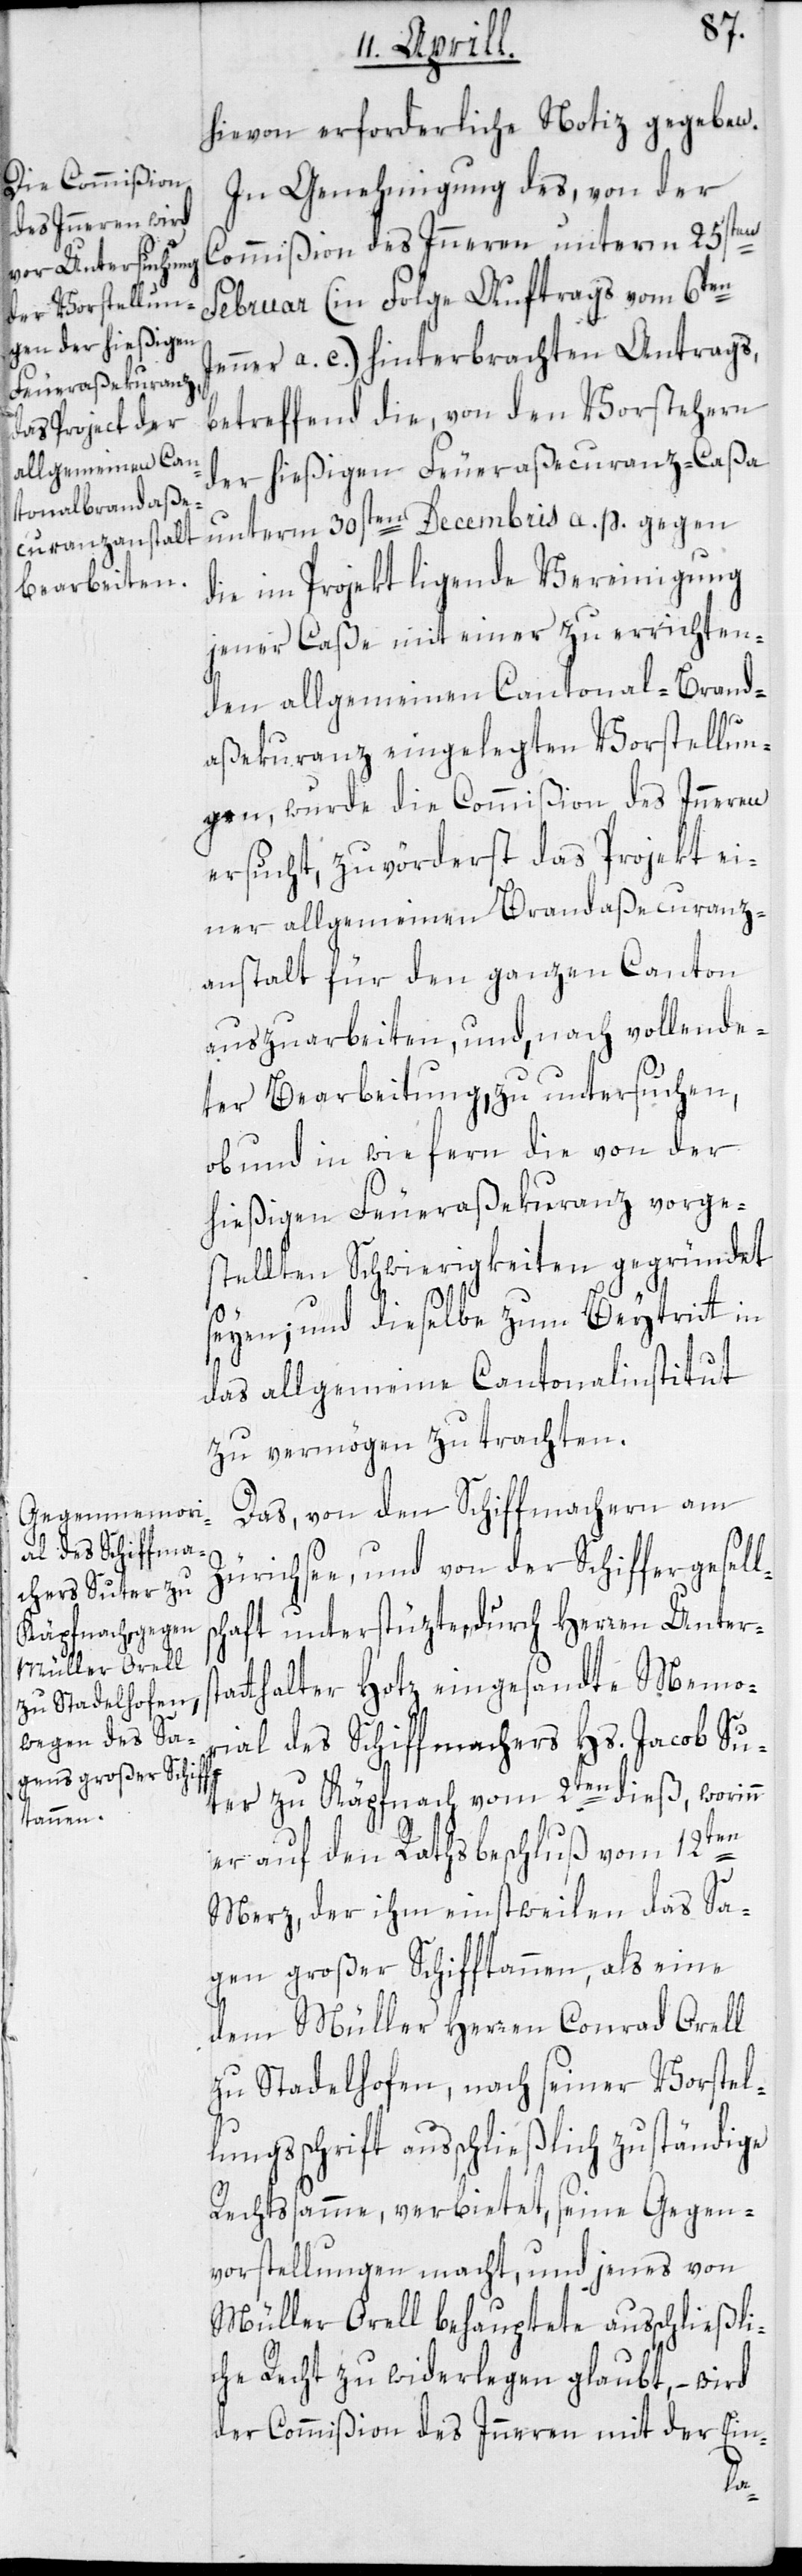
hievon erforderliche Notiz gegeben.
In Genehmigung des, von der
stat¬
Commißion des Inneren unterm 25sten
Februar (in Folge Auftrags vom 6ten
Jenner a. c.) hinterbrachten Antrags,
betreffend die, von den Vorstehern
der hießigen Feueraßecuranz-Caßa
unterm 30sten Decembris a. p. gegen
die im Projekt ligende Vereinigung
jener Caße mit einer zu errichten¬
den allgemeinen Cantonal-Brand¬
aßekuranz eingelegten Vorstellun¬
gen, wurde die Commißion des Inneren
ersucht, zu vörderst das Projekt ei¬
ner allgemeinen Brandassecuranz¬
anstalt für den ganzen Canton
auszuarbeiten, und, nach vollende¬
ter Bearbeitung, zu untersuchen,
ob und in wie fern die von der
hießigen Feueraßekuranz vorge¬
stellten Schwierigkeiten gegründet
seyen; und dieselbe zum Beytritt in
das allgemeine Cantonalinstitut
zu vermögen zu trachten.
Das, von den Schiffmachern am
Zürichsee, und von der Schiffergesel¬
haft unterstützte, durch Herren Unter¬
thalter Hotz eingesandte Memo¬
rial des Schiffmachers Hs. Jacob Su¬
ter zu Käpfnach vom 2ten dieß, worinn
er auf den Rathsbeschluß vom 12ten
Merz, der ihm einstweilen das Sa¬
gen großer Schifftannen, als eine
dem Müller Herren Conrad Orell
zu Stadelhofen, nach seiner Vorstel¬
lungsschrift ausschließlich zuständige
Rechtsamme, verbietet, seine Gegen¬
vorstellungen macht, und jenes von
Müller Orell behauptete ausschließli¬
che Recht zu widerlegen glaubt, – wird
der Commißion des Inneren mit der Ein-
lsc¬